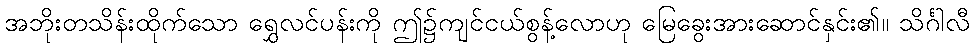
အဘိုးတသိန်းထိုက်သော ရွှေလင်ပန်းကို ဤ၌ကျင်ငယ်စွန့်လောဟု မြေခွေးအားဆောင်နှင်း၏။ သိင်္ဂါလီ